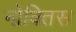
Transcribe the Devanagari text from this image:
नोक्तिस